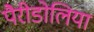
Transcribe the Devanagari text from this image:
पैरीडोलिया